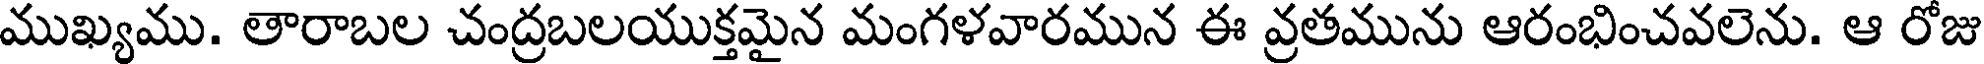
ముఖ్యము. తారాబల చంద్రబలయుక్తమైన మంగళవారమున ఈ వ్రతమును ఆరంభించవలెను. ఆ రోజు